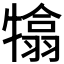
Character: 𤛣